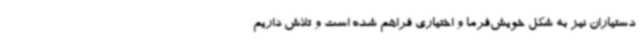
دستیاران نیز به شکل خویش‌فرما و اختیاری فراهم شده است و تلاش داریم